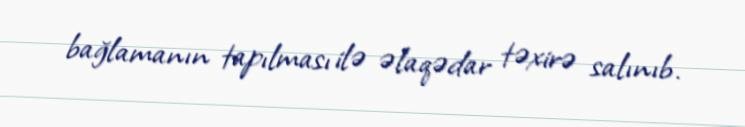
bağlamanın tapılması ilə əlaqədar təxirə salınıb.